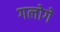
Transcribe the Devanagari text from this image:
गलोगे